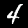
Digit: 4